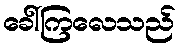
ခေါ်ကြလေသည်